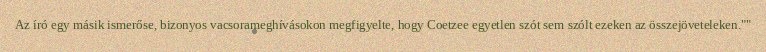
Az író egy másik ismerőse, bizonyos vacsorameghívásokon megfigyelte, hogy Coetzee egyetlen szót sem szólt ezeken az összejöveteleken.""